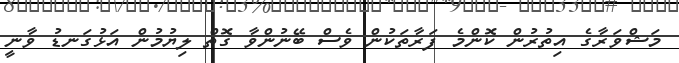
މަޝްވަރާގެ އިތުރުން ކޮންމެ ފަރާތަކުން ވެސް ބޭނުންވާ ގޮތް ލިޔުމުން އަޅުގަނޑު ވާނީ